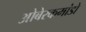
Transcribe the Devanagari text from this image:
ओबेरकमांडो